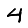
Digit: 4